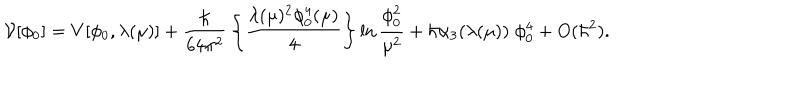
{ \cal V } [ \phi _ { 0 } ] = V [ \phi _ { 0 } , \lambda ( \mu ) ] + { \frac { \hbar } { 6 4 \pi ^ { 2 } } } \left\{ { \frac { \lambda ( \mu ) ^ { 2 } \phi _ { 0 } ^ { 4 } ( \mu ) } { 4 } } \right\} \ln { \frac { \phi _ { 0 } ^ { 2 } } { \mu ^ { 2 } } } + \hbar \alpha _ { 3 } ( \lambda ( \mu ) ) \; \phi _ { 0 } ^ { 4 } + O ( \hbar ^ { 2 } ) .